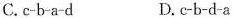
C.c-b-a-d D.C-b-d-a